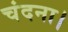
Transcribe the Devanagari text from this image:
चंदना।